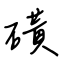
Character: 磺